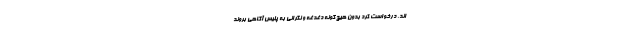
اند، درخواست کرد بدون هیچ گونه دغدغه و نگرانی به پلیس آگاهی بروند